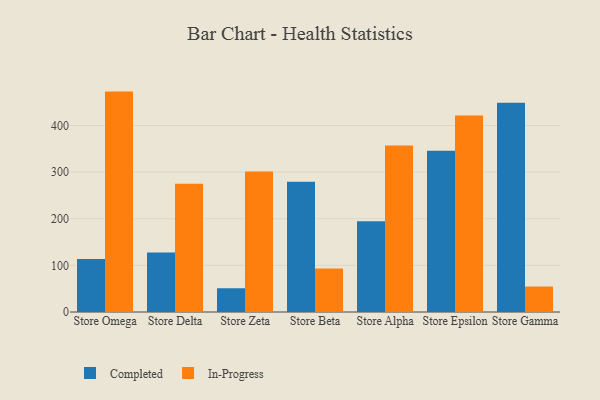
{"axis": {"x": "Store", "y": "Revenue (USD Million)"}, "legend": ["Completed", "In-Progress"], "data": [{"x": "Store Omega", "y": 113.6, "type": "Completed"}, {"x": "Store Omega", "y": 472.7, "type": "In-Progress"}, {"x": "Store Delta", "y": 127.5, "type": "Completed"}, {"x": "Store Delta", "y": 275.1, "type": "In-Progress"}, {"x": "Store Zeta", "y": 50.9, "type": "Completed"}, {"x": "Store Zeta", "y": 301.3, "type": "In-Progress"}, {"x": "Store Beta", "y": 279.4, "type": "Completed"}, {"x": "Store Beta", "y": 93.2, "type": "In-Progress"}, {"x": "Store Alpha", "y": 194.9, "type": "Completed"}, {"x": "Store Alpha", "y": 357.3, "type": "In-Progress"}, {"x": "Store Epsilon", "y": 345.6, "type": "Completed"}, {"x": "Store Epsilon", "y": 421.3, "type": "In-Progress"}, {"x": "Store Gamma", "y": 449.0, "type": "Completed"}, {"x": "Store Gamma", "y": 54.6, "type": "In-Progress"}]}